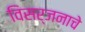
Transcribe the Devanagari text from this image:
विसर्जनाचे